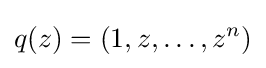
q(z)=(1,z,\ldots ,z^{n})